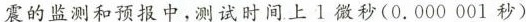
震的监测和预报中，测试时间上1微秒（0.000 001 秒）